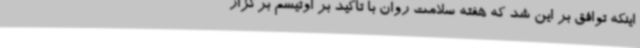
اینکه توافق بر این شد که هفته سلامت روان با تاکید بر اوتیسم برگزار